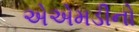
એએમડીનો